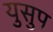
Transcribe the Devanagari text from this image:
युसुप